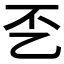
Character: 𰀲